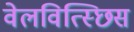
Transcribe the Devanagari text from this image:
वेलवित्स्छिस